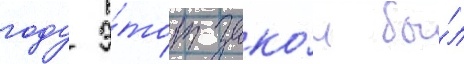
году э́тот зако́н бы́л